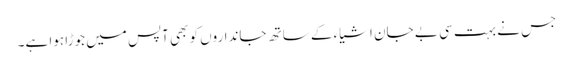
جس نے بہت سی بے جان اشیاء کے ساتھ جانداروں کو بھی آپس میں جوڑا ہوا ہے۔